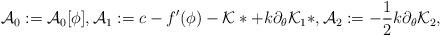
LaTeX: \begin{align*}\mathcal{A}_{0} := \mathcal{A}_{0}[\phi],\mathcal{A}_{1} := c - f'(\phi) - \mathcal{K}* + k\partial_{\theta}\mathcal{K}_{1}*,\mathcal{A}_{2} := -\frac{1}{2}k\partial_{\theta}\mathcal{K}_{2},\end{align*}